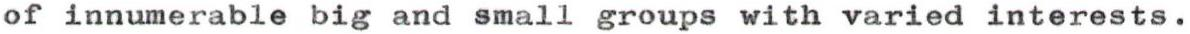
of innumerable big and small groups with varied interests.